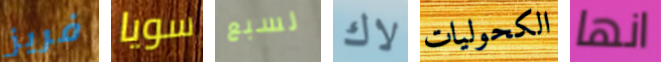
فريز سويا لسبع لاك الكحوليات انها